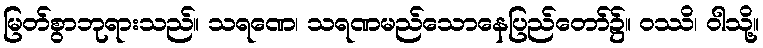
မြတ်စွာဘုရားသည်။ သရဏေ၊ သရဏမည်သောနေပြည်တော်၌။ ဝဿိ၊ ဝါသို့။